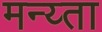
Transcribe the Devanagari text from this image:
मन्य्ता